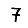
Digit: 7